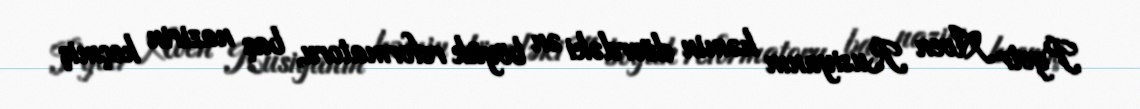
Pyotr Aven Rusiyanın həmin dövrdəki ən böyük reformatoru, baş nazirin keçmiş